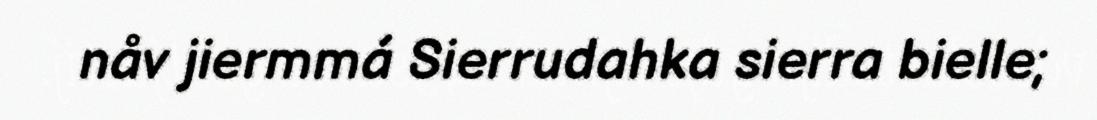
nåv jiermmá Sierrudahka sierra bielle;